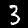
Label: 3